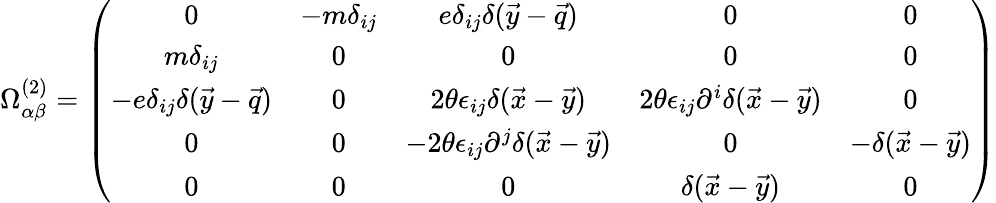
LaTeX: \Omega_{\alpha\beta}^{(2)}=\left(\begin{array}{ccccc}{{0}}&{{-m\delta_{ij}}}&{{e\delta_{ij}\delta(\vec{y}-\vec{q})}}&{{0}}&{{0}}\\ {{m\delta_{ij}}}&{{0}}&{{0}}&{{0}}&{{0}}\\ {{-e\delta_{ij}\delta(\vec{y}-\vec{q})}}&{{0}}&{{2\theta\epsilon_{ij}\delta(\vec{x}-\vec{y})}}&{{2\theta\epsilon_{ij}\partial^{i}\delta(\vec{x}-\vec{y})}}&{{0}}\\ {{0}}&{{0}}&{{-2\theta\epsilon_{ij}\partial^{j}\delta(\vec{x}-\vec{y})}}&{{0}}&{{-\delta(\vec{x}-\vec{y})}}\\ {{0}}&{{0}}&{{0}}&{{\delta(\vec{x}-\vec{y})}}&{{0}}\end{array}\right)